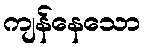
ကျန်နေသော